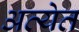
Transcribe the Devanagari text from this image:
अत्येत